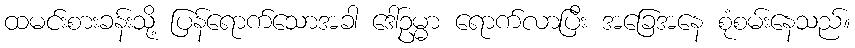
ထမင်းစားခန်းသို့ ပြန်ရောက်သောအခါ ဒေါ်ဥမ္မာ ရောက်လာပြီး အခြေအနေ စုံစမ်းနေသည်။